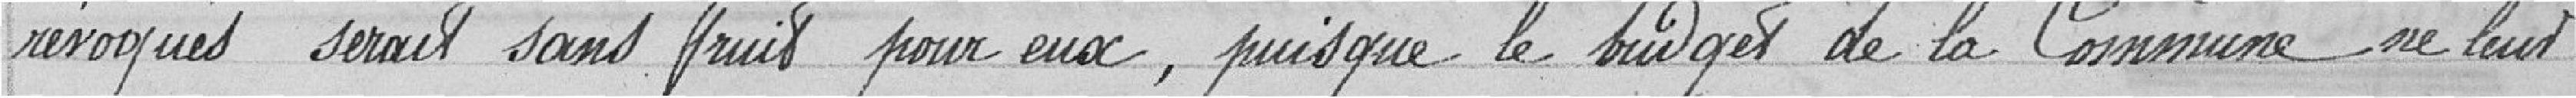
révoqués serait sans fruit pour eux, puisque le budget de la Commune ne leur